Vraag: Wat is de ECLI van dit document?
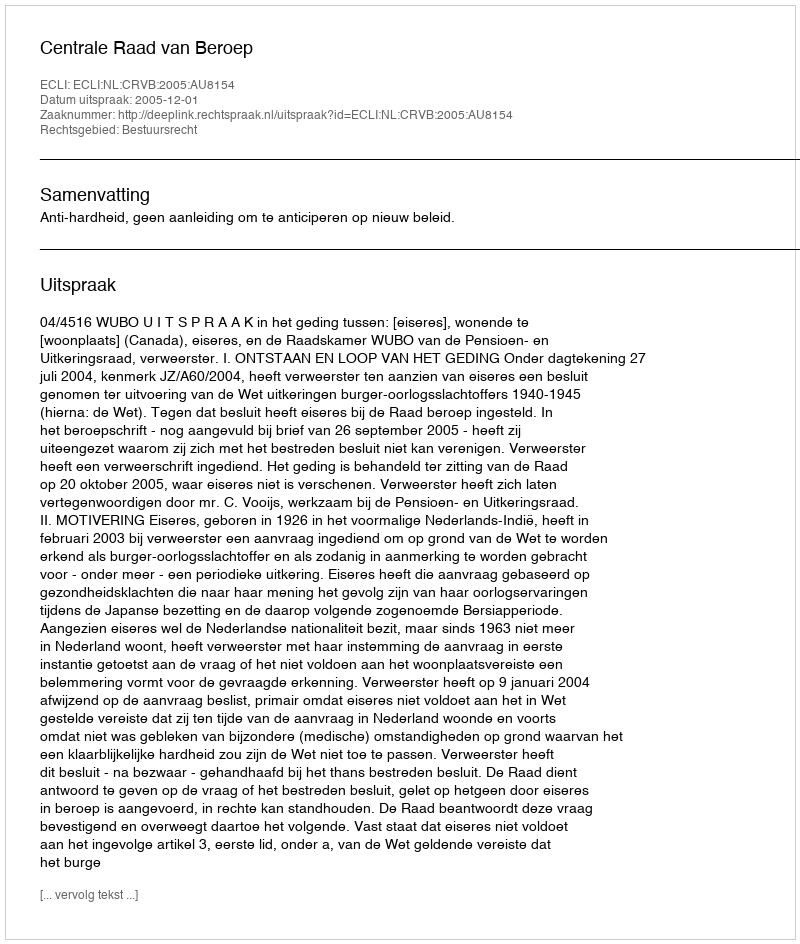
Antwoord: ECLI:NL:CRVB:2005:AU8154